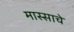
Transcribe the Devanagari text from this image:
मास्साचे